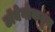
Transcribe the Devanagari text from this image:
टॉबेगोकडून